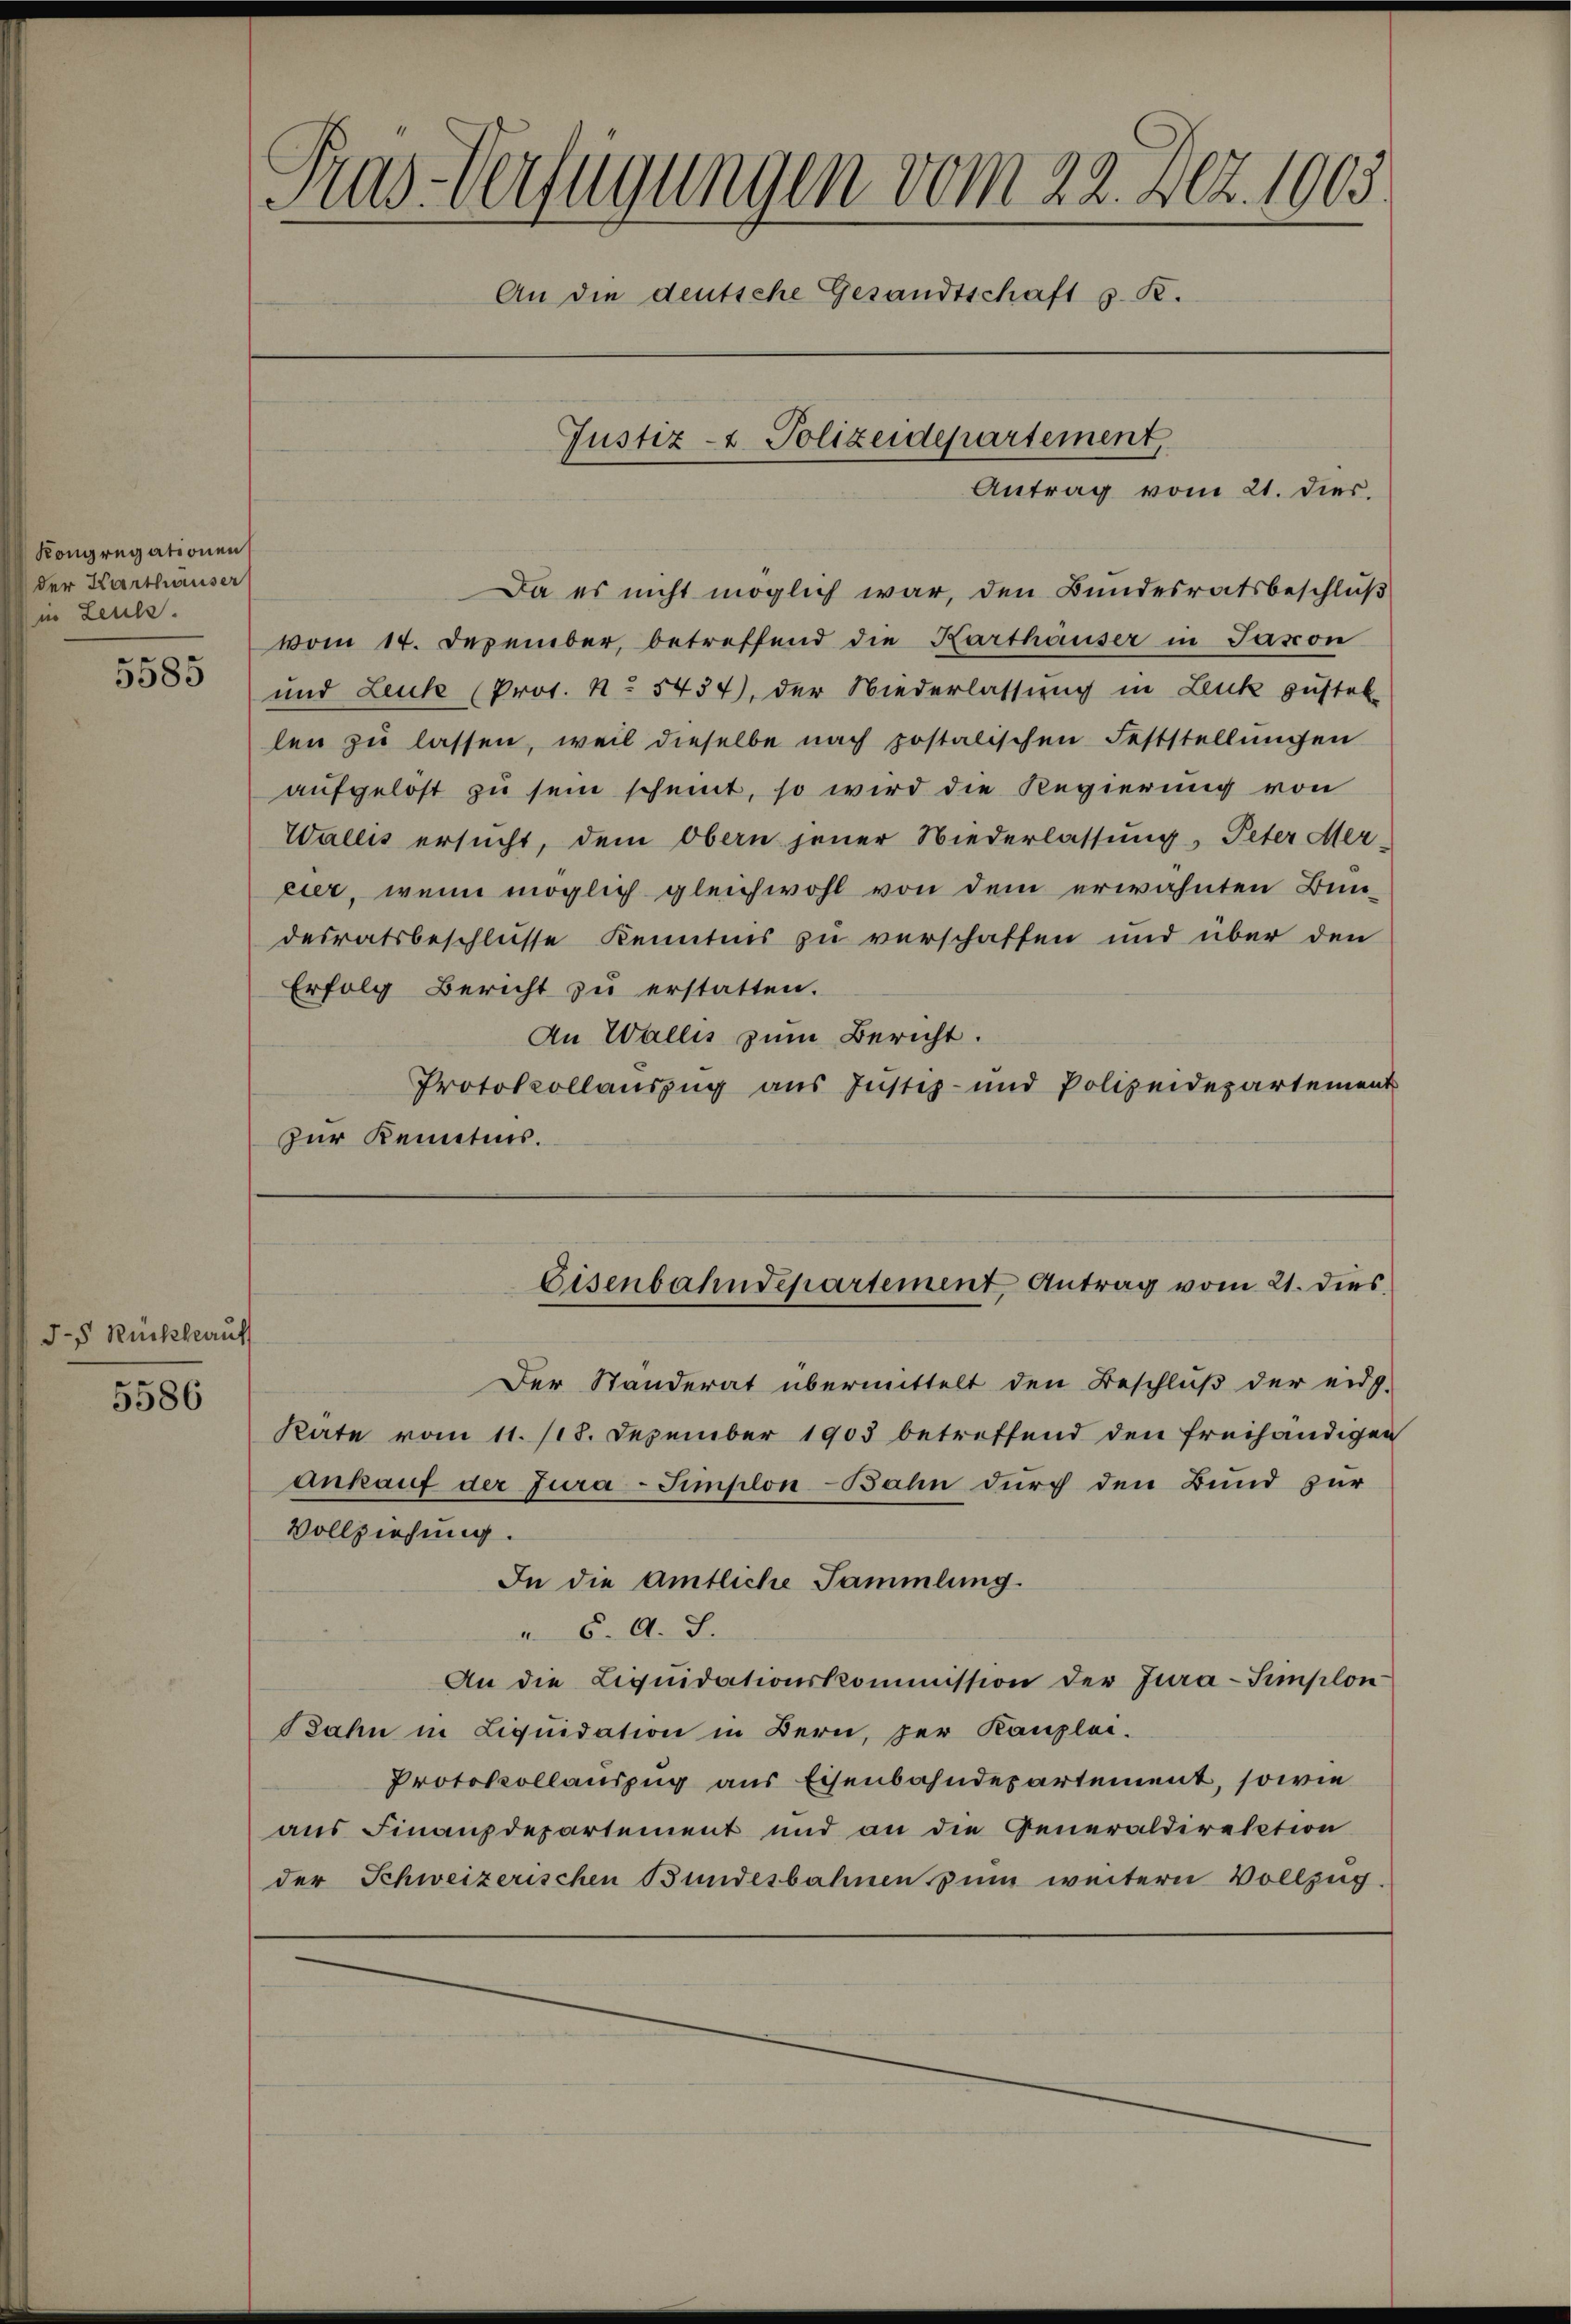
Kongregationen
der Karthauser
in Leute.

5585

d.s Rückkauf

5586

Tras-Verfügungen vom 22. Dez. 1003
An die deutsche Gesandtschaft s. R.
Justiz- & Polizeidepartement,
Antrag vom 21. dies.

Da es nicht möglich war, den Bundesratsbeschluß
vom 14. Dezember, betreffend die Karthäuser in Jason
und Leuk (Pros. No 5434), der Niederlassung in Leuk zustel
len zu lassen, weil dieselbe nach postalischen Feststellungen
aufgelost zu sein scheint, so wird die Regierung von
Wallis ersucht, dem Obern jener Niederlassung, Peter Mer-
cier, wenn möglich gleichwohl von dem erwähnten Bun-
desratsbeschlüsse Kenntnis zu verschaffen und über den
Erfolg Bericht zu erstatten.
An Wallis zum Bericht.
Protokollauszug aus Justiz- und Polizeidepartement
zur Kenntnis.

Der Standerat übermittelt den Beschluß der eids-
Räte vom 11. 118. Dezember 1903 betreffend den freihändigen
Ankauf der Jura-Simplon-Bahn durch den Bund zur
Vollziehung.
In die Amtliche Sammlung.
" 6. A. S.
An die Liqŭidationskommission der Jura-Simplon
Jahn in Liquidation in Bern, der Kanzlei.
Protokollauszug aus Eisenbahndepartement, sowie
aus Finanzdepartement und an die Generaldirektion
der Schweizerischen Bundesbahnen zum weitern Vollzug.

Eisenbahndepartement Antrag vom 21. dies